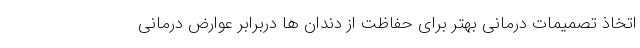
اتخاذ تصمیمات درمانی بهتر برای حفاظت از دندان ها دربرابر عوارض درمانی